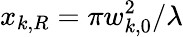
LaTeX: x_{k,R}={\pi w_{k,0}^{2}}/{\lambda}